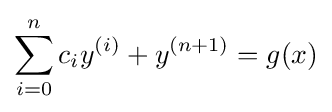
\sum _{i=0}^{n}c_{i}y^{(i)}+y^{(n+1)}=g(x)